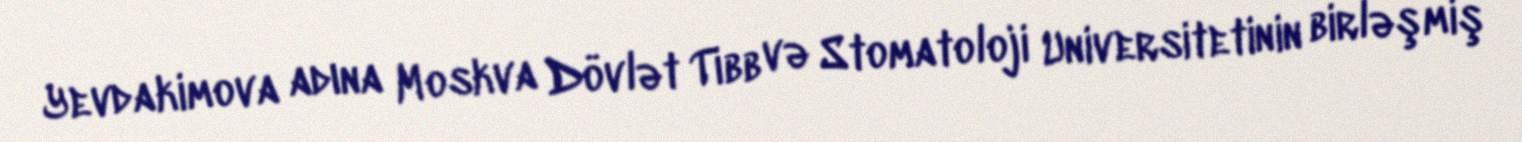
Yevdakimova adına Moskva Dövlət Tibb və Stomatoloji Universitetinin birləşmiş